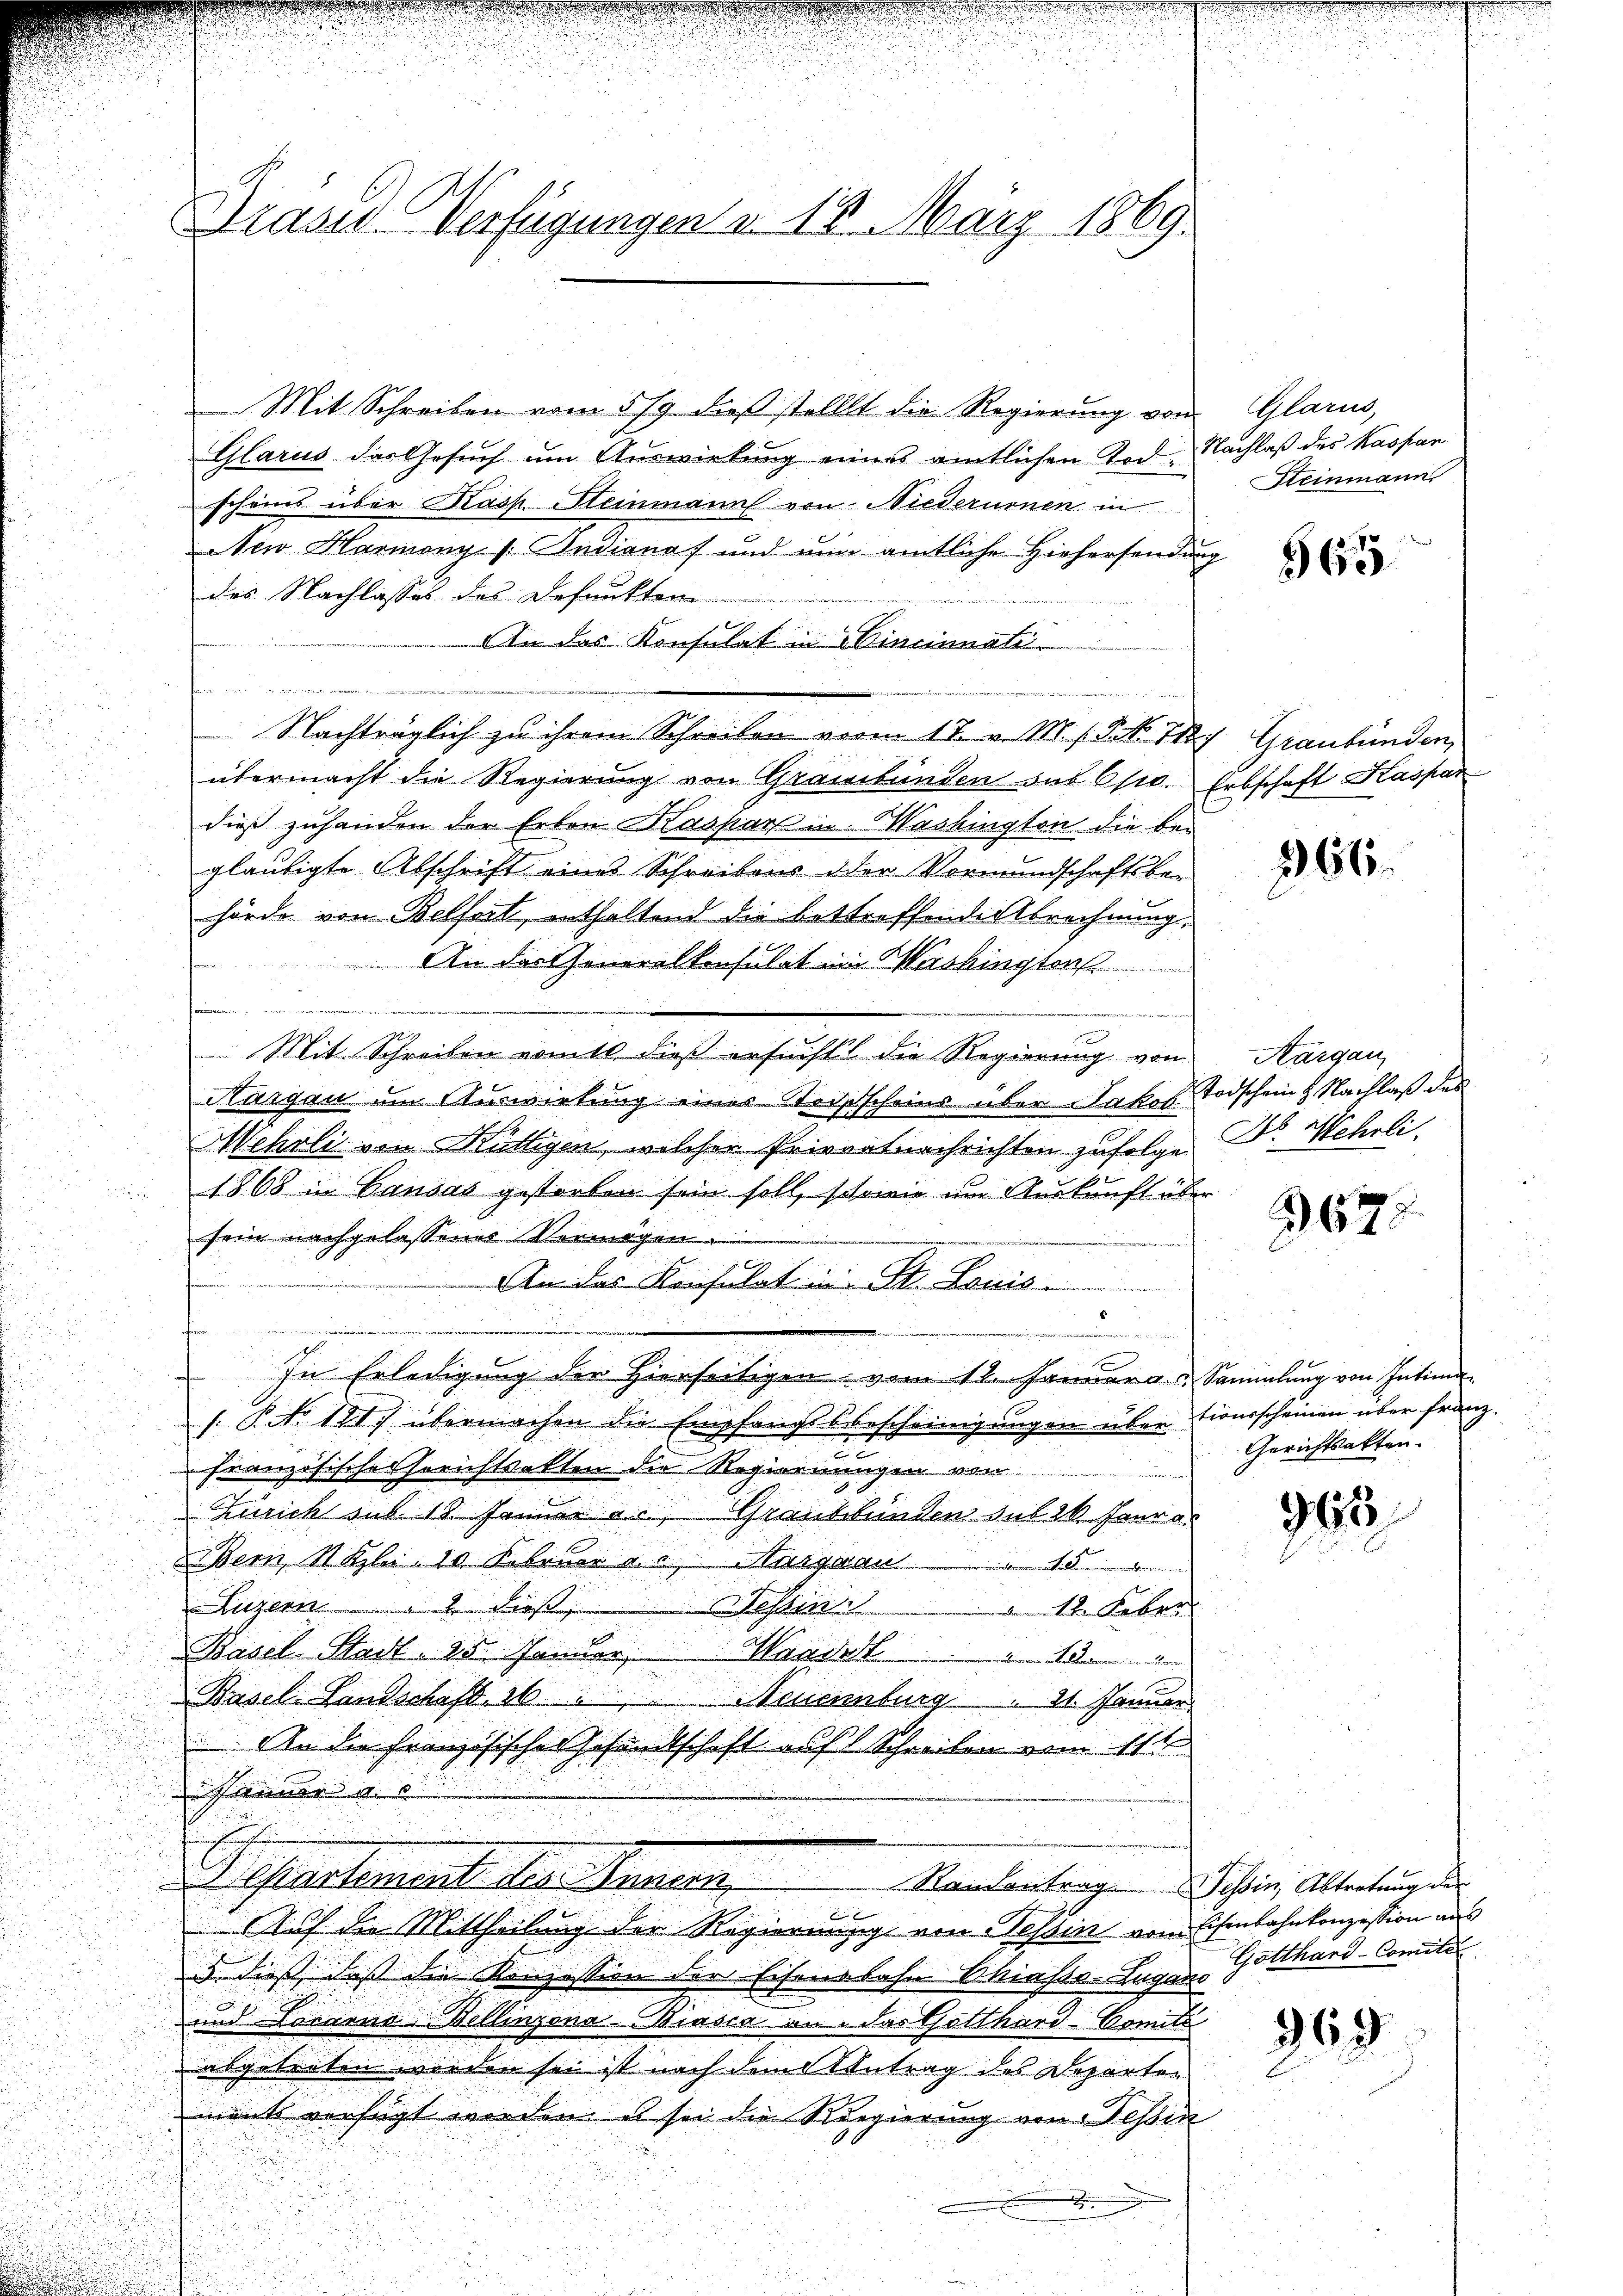
Brasis Verfügungen v. 18. März 1869.

Mit Schreiben vom 5/9 dieβ stellt die Regierung von
Glarus das Gesuch um Auswirkung eines amtlichen Tod.
schens über Kasp. Steinmann von Niederurnen in
Newo Harmony / Indiana und nun amtliche Hiehersendun
des Nachlasses des Defunkten
An das Konsulat in Hincinati
.
n
u
Nachträglich zu ihrem Schreiben vom 17. v. M. s. S. 71
übermacht die Regierung von Graubünden sub 6sio.
dieß zuhanden der Erben Kaspar in Washington die bei
gläubigte Abschrift eines Schreibens der Vormundschaftsbe-
hörde von Belfort, enthaltend die Bettreffende Abrechnung.
An das Generalkonsulat im Washingten
e
n
2717.
u
Mit Schreiben womit dieß ersucht die Regierung von
Hargau um Auswirtung eines Reisscheins über Jakob Todschein & Nachlaß des
Hehrli von Hüttigen, welcher Privatnachrichten zufolge
1868 in Gansaz gestorben sein soll, schonie um Auskunft über
sein nachgelassenes Vermögen
An das Konsulat in St. Lauis
E
wen
n
In Erledigung der hierseitigen vom 12. Januar a. u. Sammlung von Intima
/. P. NNo. 1817 übermachen die Empfangsbescheinigungen über tionsscheinen über franz.
g
Französische serichtsakten die Regierungen von
Zürich sub. 18. Januar u. Graubünden sub 26. Feure.
 Bern, 1 bis 10. Februar v. u. Sargaran . . . . . . . . . . . . . . .
Luzern dies
 Bestin. 12. Feber
Basel Stadt, 30 Januar. Waadt
Basel Landschaft, 26. Neuenburg. 21. Januar
An die französisches Gesandtschaft abst Schreiben vom 11ten
esinner u.

 Gartement des Mauer             Mandantrage ihrer Alterten de
Auf die Mittheilung der Regierung von Tessin vom Eisenbahnkonzession aus
3. dieß, daß die Konzession der Eisensbahn Shiasso-Lugano
und Locarna-Bellinzona-Biasca an das Gotthard-Comité
abgetreten werden sei ist nach dem Antrag des Departen
ments verfügt werden, es sei die Regierung von Tessin

Glarus,
Nachlaß des Kaspan
Steinmann

565

27 Graubünden,
Erbschaft Kaspar

266

Aargau,
Dr. Mehrli

967.

Gerichtsakten.

963

Gotthard-Comité

369